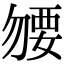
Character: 𧟰